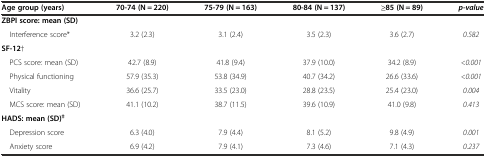
<table><thead><tr><td><b>Age group (years)</b></td><td><b>70-74 (N = 220)</b></td><td><b>75-79 (N = 163)</b></td><td><b>80-84 (N = 137)</b></td><td><b>≥85 (N = 89)</b></td><td><b><i>p-value</i></b></td></tr></thead><tbody><tr><td><b>ZBPI score: mean (SD)</b></td><td></td><td></td><td></td><td></td><td></td></tr><tr><td> Interference score*</td><td>3.2 (2.3)</td><td>3.1 (2.4)</td><td>3.5 (2.3)</td><td>3.6 (2.7)</td><td><i>0.582</i></td></tr><tr><td><b>SF-12</b>†</td><td></td><td></td><td></td><td></td><td></td></tr><tr><td> PCS score: mean (SD)</td><td>42.7 (8.9)</td><td>41.8 (9.4)</td><td>37.9 (10.0)</td><td>34.2 (8.9)</td><td><i>&lt;0.001</i></td></tr><tr><td> Physical functioning</td><td>57.9 (35.3)</td><td>53.8 (34.9)</td><td>40.7 (34.2)</td><td>26.6 (33.6)</td><td><i>&lt;0.001</i></td></tr><tr><td> Vitality</td><td>36.6 (25.7)</td><td>33.5 (23.0)</td><td>28.8 (23.5)</td><td>25.4 (23.0)</td><td><i>0.004</i></td></tr><tr><td> MCS score: mean (SD)</td><td>41.1 (10.2)</td><td>38.7 (11.5)</td><td>39.6 (10.9)</td><td>41.0 (9.8)</td><td><i>0.413</i></td></tr><tr><td><b>HADS: mean (SD)</b><sup><b>‡</b></sup></td><td></td><td></td><td></td><td></td><td></td></tr><tr><td> Depression score</td><td>6.3 (4.0)</td><td>7.9 (4.4)</td><td>8.1 (5.2)</td><td>9.8 (4.9)</td><td><i>0.001</i></td></tr><tr><td> Anxiety score</td><td>6.9 (4.2)</td><td>7.9 (4.1)</td><td>7.3 (4.6)</td><td>7.1 (4.3)</td><td><i>0.237</i></td></tr></tbody></table>